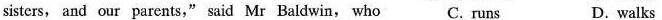
sisters, and our parents," said Mr Baldwin, who C. runs D.walks